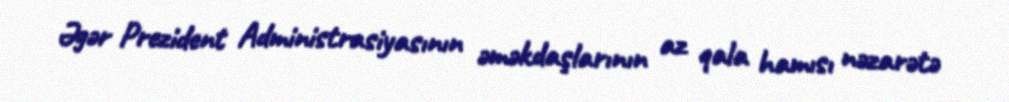
Əgər Prezident Administrasiyasının əməkdaşlarının az qala hamısı nəzarətə